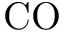
\mathrm { C O }